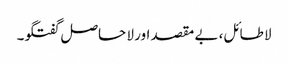
لا طائل، بے مقصد اور لا حاصل گفتگو۔